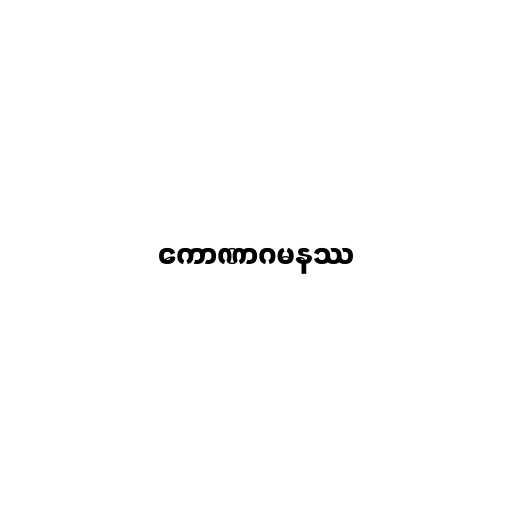
ကောဏာဂမနဿ